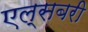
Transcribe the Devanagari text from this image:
एल्सबरी